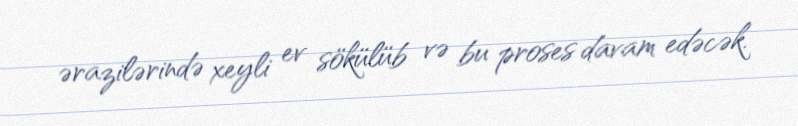
ərazilərində xeyli ev sökülüb və bu proses davam edəcək.